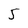
Character: 5